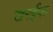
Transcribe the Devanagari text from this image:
खरईफ